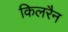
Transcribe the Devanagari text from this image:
किलरैन